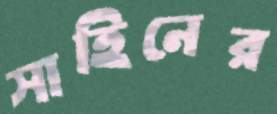
সাহিনের